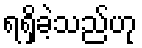
ရရှိခဲ့သည်ဟု